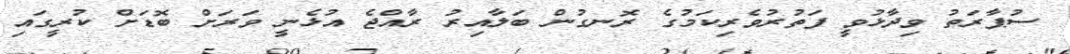
ސުޕާރަތު ވިދާޅުވީ ފަތުރުވެރިކަމުގެ ރޮނގުން ބަލާއިރު ރާއްޖެ އުޅެނީ ވަރަށް ބޮޑަށް ކުރީގައި